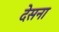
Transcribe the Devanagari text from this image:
देसना